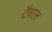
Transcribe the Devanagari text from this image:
टैबल